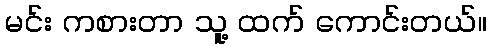
မင်း ကစားတာ သူ့ ထက် ကောင်းတယ်။